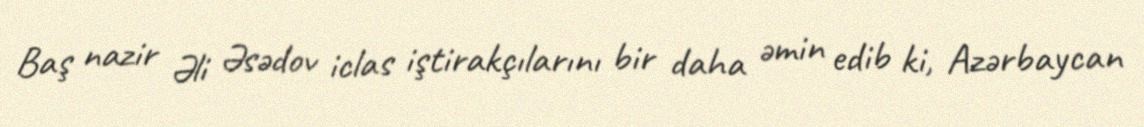
Baş nazir Əli Əsədov iclas iştirakçılarını bir daha əmin edib ki, Azərbaycan